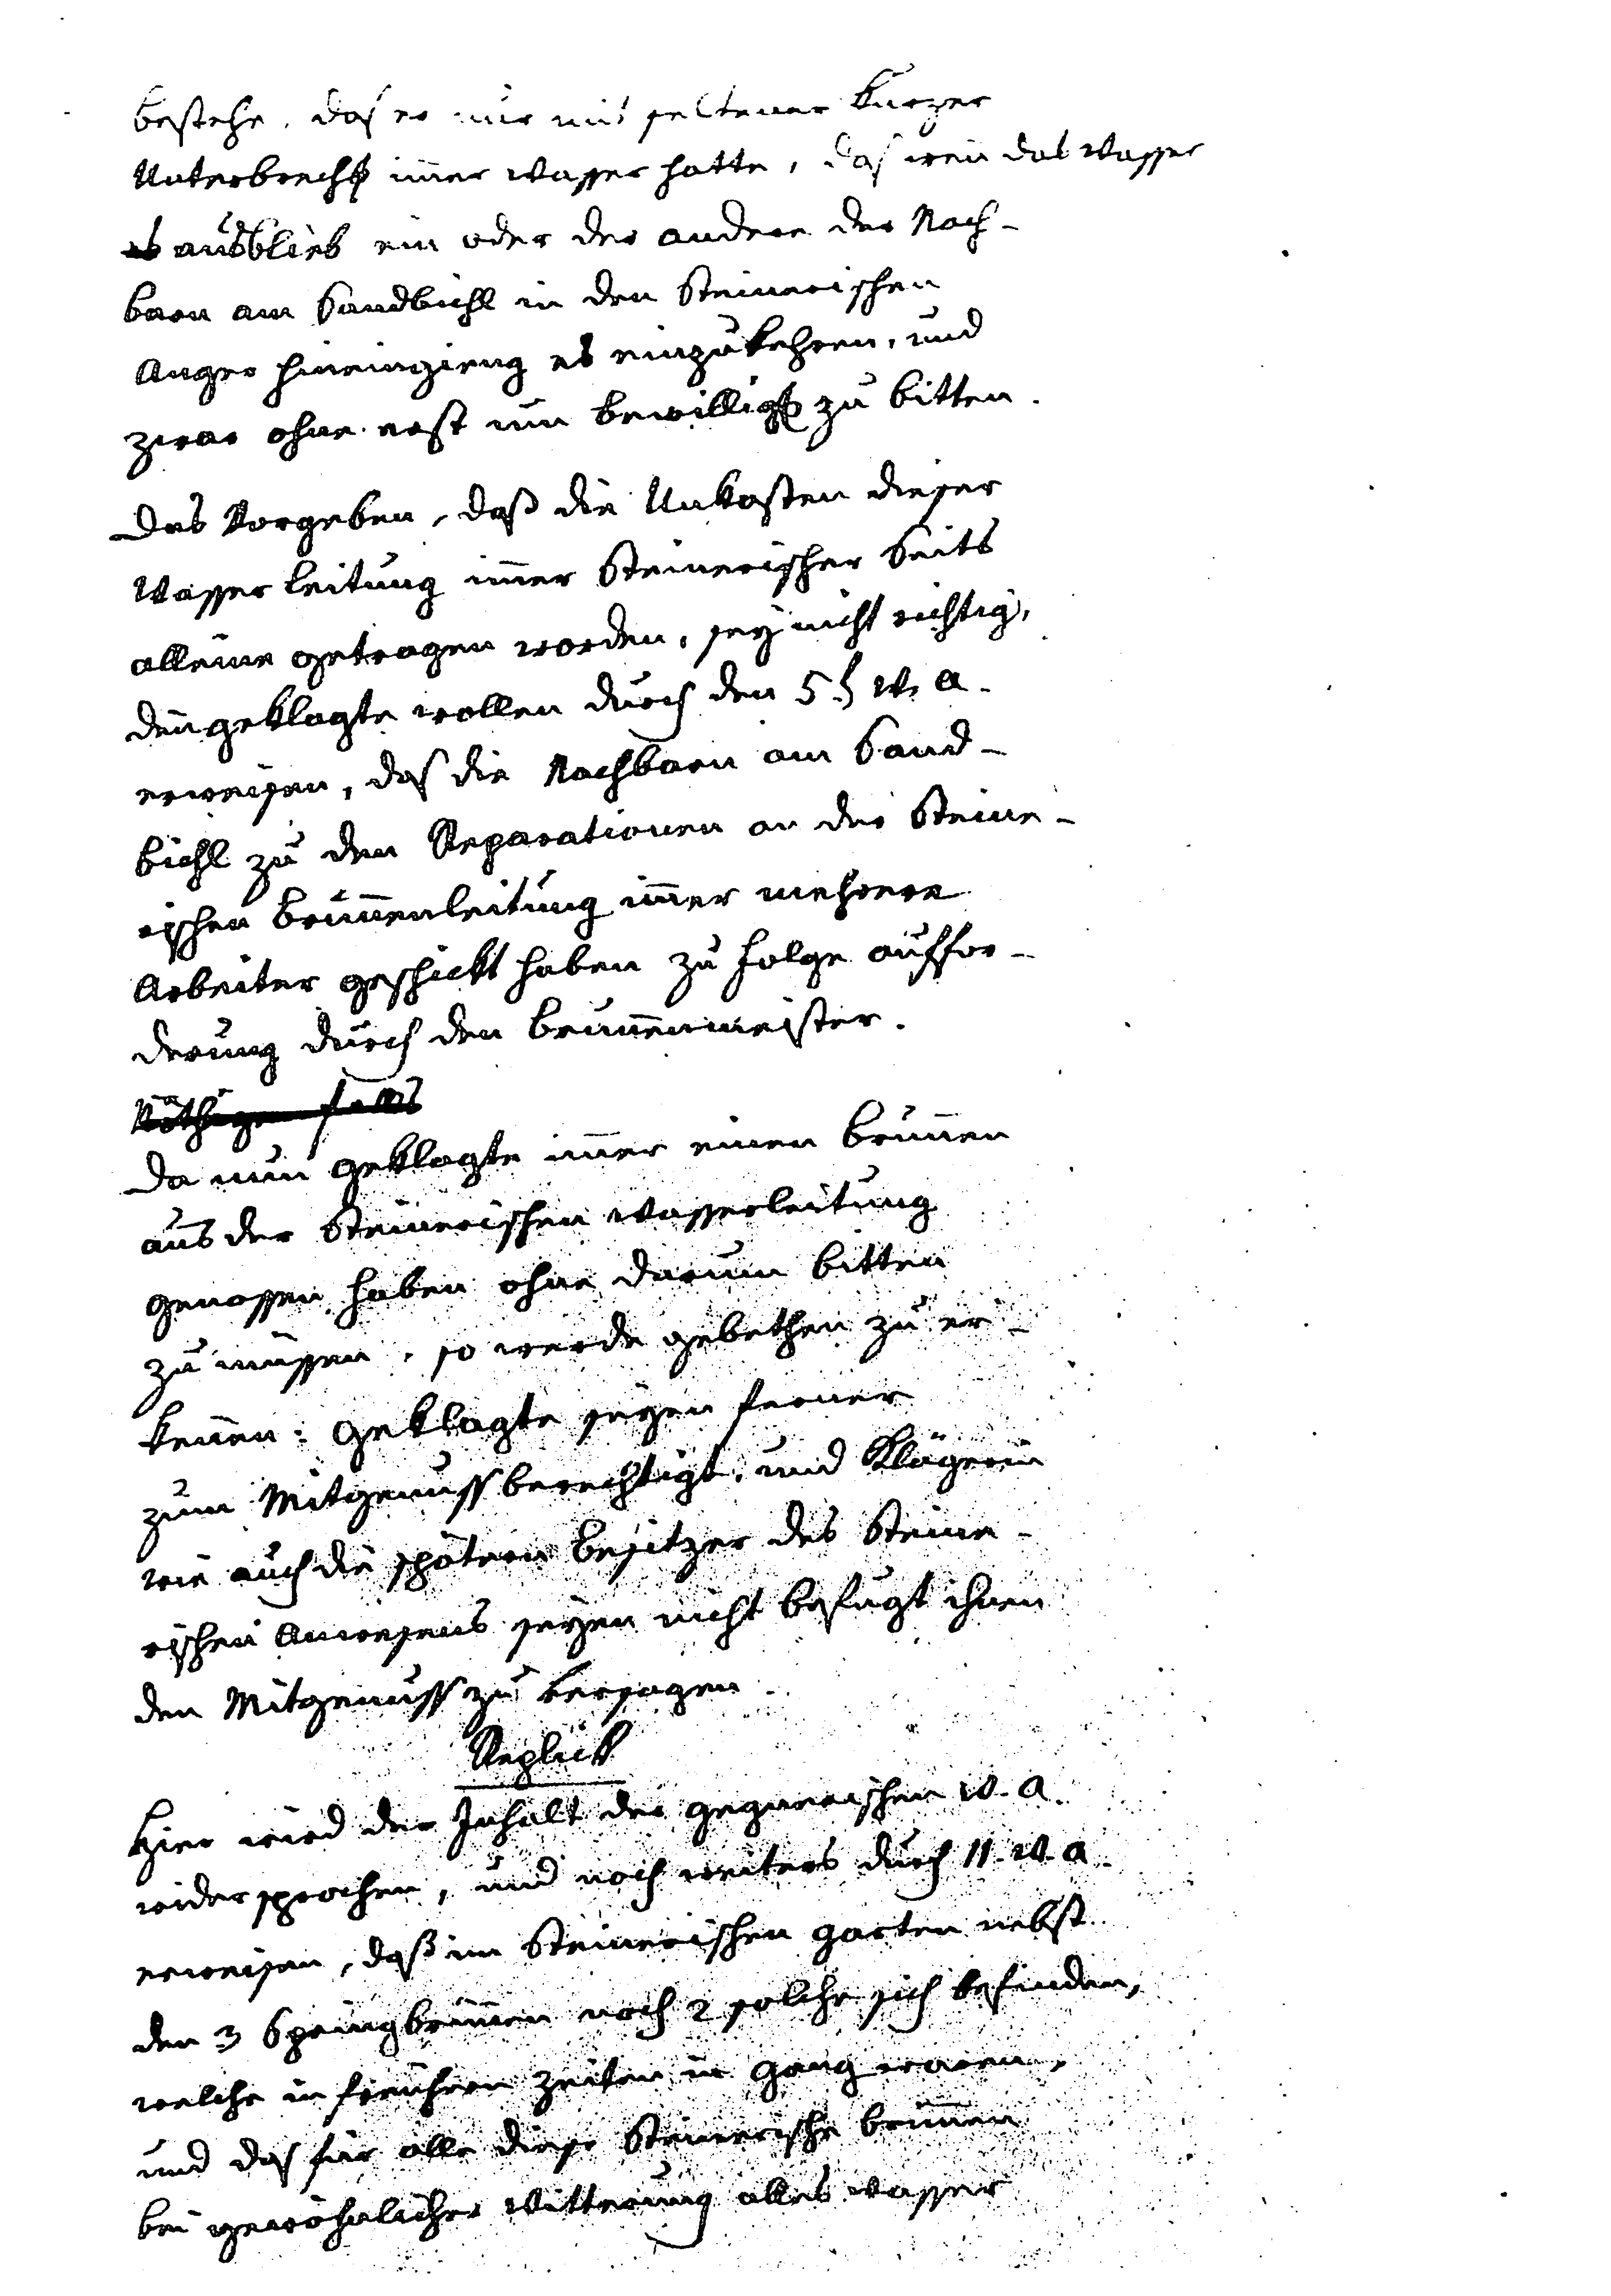
bestehe, daß es nur mit seltener kurzer
Unterbrech immer Wasser hatte, das wenn das Wasser
es ausblieb ein oder der andere des Nach¬
barn am Sandbichl in den steinerschen
Anger hineingieng es einzukehren, und
zwar ohne erst um bewillig zu bitten.
Das Vorgeben, daß die Unkosten dieser
Wasserleitung immer Steinerscher Seits
alleine getragen worden, sey nicht richtig,
denn Geklagten wollen durch den 5. t w. a.
erweisen, daß die Nachbarn am Sand¬
bichl zu den Reparationen an der Steine¬
rischen Brunnenleitung immer mehrere
Arbeiter geschickt haben zu Folge Auffor¬
derung durch den Brunnenmeister.
Nöthigenfalls
Da nun Geklagte immer einen Brunnen
aus der Steinerischen Wasserleitung
genossen haben ohne darum bitten
zu müssen, so werde gebethen zu er¬
kennen: Geklagte seyen ferner
zum Mitgenuss berechtigt, und Klägerin
wie auch die spätere Besitzer des Steiner¬
schen Anwesens seyen nicht befugt ihnen
den Mitgenuss zu versagen.
Replick
Hier wird der Inhalt der gegnerischen  w. a.
widersprochen, und noch weiters durch 11. w. a.
erwiesen, daß im Steinerschen Garten nebst
den 3 Springbrunnen noch 2 solche sich befinden,
welche in früheren Zeiten in Gang waren,
und das für alle diese Steinerschen Brunnen
bei gewöhnlicher Witterung alles Wasser